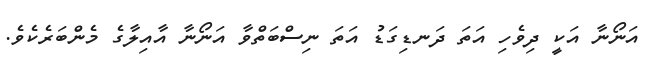
އަނޯނާ އަކީ ދިވެހި އަތަ ދަނޑިގަޑު އަތަ ނިސްބަތްވާ އަނޯނާ އާއިލާގެ މެންބަރެކެވެ.